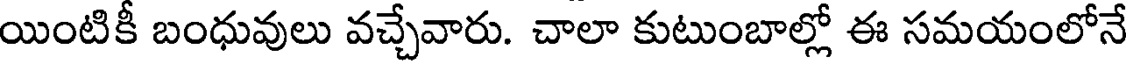
యింటికీ బంధువులు వచ్చేవారు. చాలా కుటుంబాల్లో ఈ సమయంలోనే